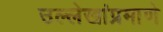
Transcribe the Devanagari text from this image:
उल्लेखांप्रमाणे